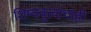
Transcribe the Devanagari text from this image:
शिष्यवृत्त्यांचाही